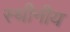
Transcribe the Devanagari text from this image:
स्थीनीय